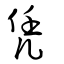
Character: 凭